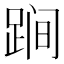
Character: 𨁴